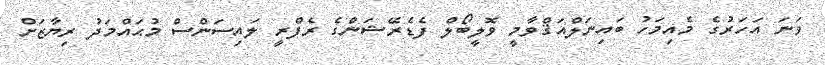
ވަނަ އަހަރުގެ މެއިމަހު ބައިނަލްއަޤްވާމީ ވޮލީބޯލް ފެޑެރޭޝަންގެ ރެފްރީ ލައިސަންސް މުޙައްމަދު ރިޔާޒަށް